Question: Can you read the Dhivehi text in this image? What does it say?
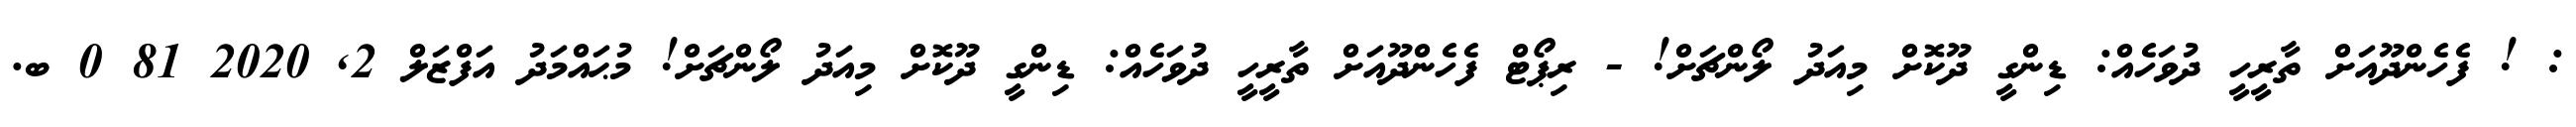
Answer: : ! ފެހެންދޫއަށް ތާރީހީ ދުވަހެއް: ޑިންގީ ދޫކޮށް މިއަދު ލޯންޗަށް! - ރިޕޯޓް ފެހެންދޫއަށް ތާރީހީ ދުވަހެއް: ޑިންގީ ދޫކޮށް މިއަދު ލޯންޗަށް! މުޙައްމަދު އަފްޒަލް 2, 2020 81 0 ބ.